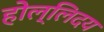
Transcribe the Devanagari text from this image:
होल्लिदय